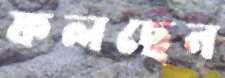
ফলছেন